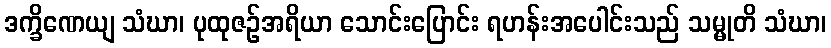
ဒက္ခိဏေယျ သံဃာ၊ ပုထုဇဉ်အရိယာ သောင်းပြောင်း ရဟန်းအပေါင်းသည် သမ္မုတိ သံဃာ၊